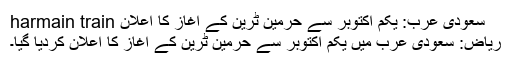
سعودی عرب: یکم اکتوبر سے حرمین ٹرین کے آغاز کا اعلان harmain train
ریاض: سعودی عرب میں یکم اکتوبر سے حرمین ٹرین کے آغاز کا اعلان کردیا گیا۔